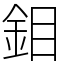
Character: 鉬